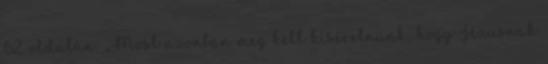
62. oldalán: „Most azonban meg kell kísérelnünk, hogy Jézusnak